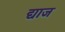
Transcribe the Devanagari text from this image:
द्याज